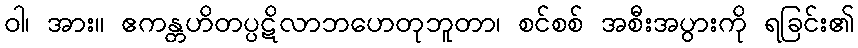
ဝါ၊ အား။ ဧကန္တဟိတပ္ပဋိလာဘဟေတုဘူတာ၊ စင်စစ် အစီးအပွားကို ရခြင်း၏